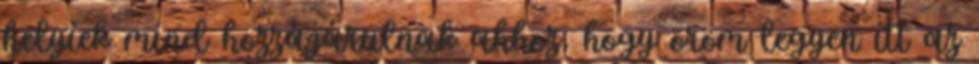
helyiek mind hozzájárulnak ahhoz, hogy öröm legyen itt az